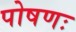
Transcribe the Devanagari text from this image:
पोषणः